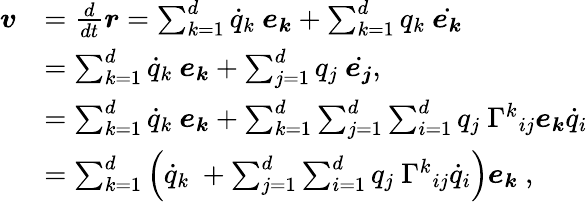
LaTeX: {\begin{array}{rl}{{\boldsymbol{v}}}&{={\frac{d}{dt}}{\boldsymbol{r}}=\sum_{k=1}^{d}{\dot{q}}_{k}\ {\boldsymbol{e_{k}}}+\sum_{k=1}^{d}q_{k}\ {\dot{\boldsymbol{e_{k}}}}}\\ &{=\sum_{k=1}^{d}{\dot{q}}_{k}\ {\boldsymbol{e_{k}}}+\sum_{j=1}^{d}q_{j}\ {\dot{\boldsymbol{e_{j}}}},}\\ &{=\sum_{k=1}^{d}{\dot{q}}_{k}\ {\boldsymbol{e_{k}}}+\sum_{k=1}^{d}\sum_{j=1}^{d}\sum_{i=1}^{d}q_{j}\ {\Gamma^{k}}_{ij}{\boldsymbol{e_{k}}}{\dot{q}}_{i}}\\ &{=\sum_{k=1}^{d}\left({\dot{q}}_{k}\ +\sum_{j=1}^{d}\sum_{i=1}^{d}q_{j}\ {\Gamma^{k}}_{ij}{\dot{q}}_{i}\right){\boldsymbol{e_{k}}}\ ,}\end{array}}